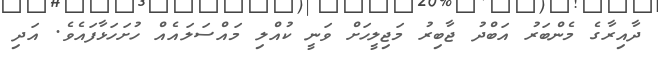
ދާއިރާގެ މެންބަރު އަބްދު ޖާބިރު މަޖިލީހަށް ވަނީ ކުއްލި މައްސަލައެއް ހުށަހަޅާފައެވެ. އަދި